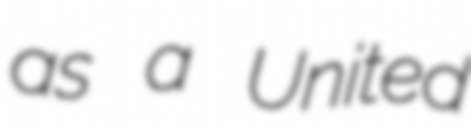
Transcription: as a United